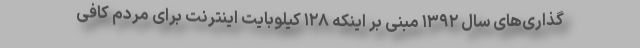
گذاری‌های سال ۱۳۹۲ مبنی بر اینکه ۱۲۸ کیلوبایت اینترنت برای مردم کافی